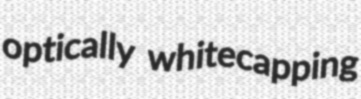
optically whitecapping